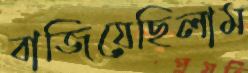
বাজিয়েছিলাম